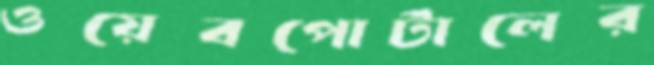
ওয়েবপোর্টালের